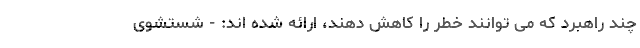
چند راهبرد که می توانند خطر را کاهش دهند، ارائه شده اند: - شستشوی